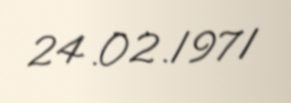
24.02.1971